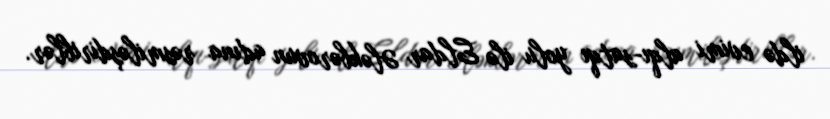
ildə evimi alqı-satqı yolu ilə Eldar Ələkbərovun adına rəsmiləşdiriblər.